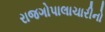
રાજગોપાલાચારીનો